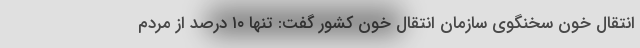
انتقال خون سخنگوی سازمان انتقال خون کشور گفت: تنها ۱۰ درصد از مردم